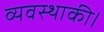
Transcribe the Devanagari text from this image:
व्यवस्थाकी।